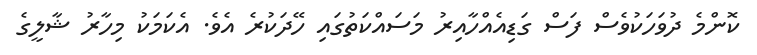
ކޮންމެ ދުވަހަކުވެސް ފަސް ގަޑިއެއްހާއިރު މަސައްކަތުގައި ހޭދަކުރެ އެވެ. އެކަމަކު މިހާރު ޝާލީގެ